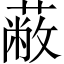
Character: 蔽